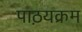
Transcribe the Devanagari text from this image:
पाठ़यक्रम